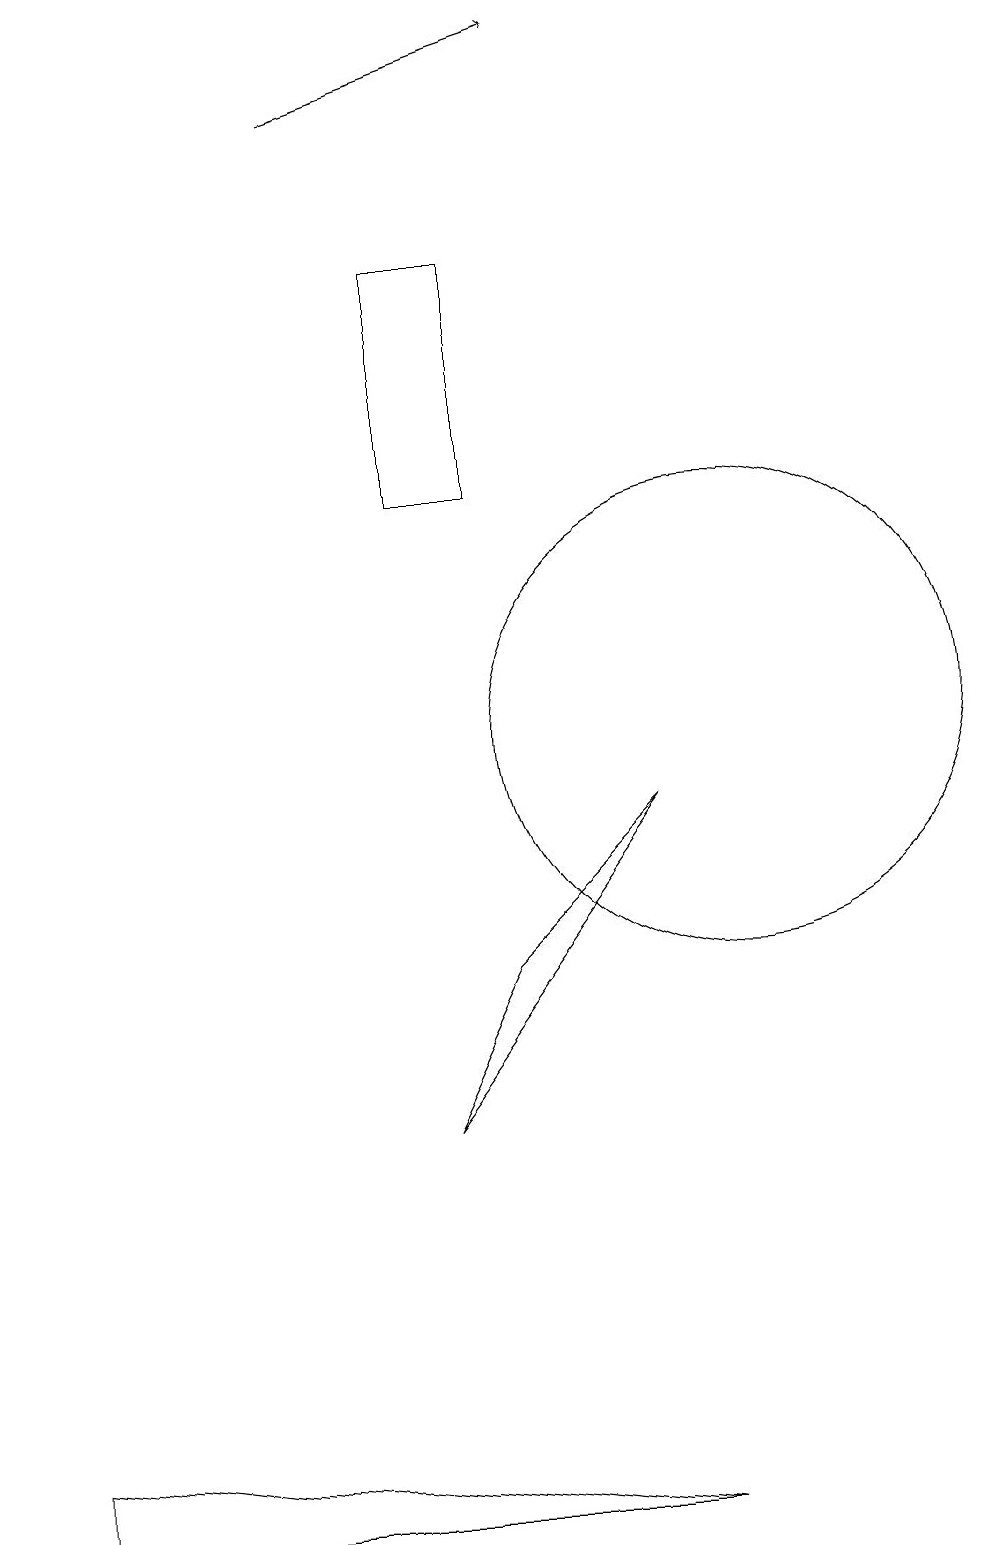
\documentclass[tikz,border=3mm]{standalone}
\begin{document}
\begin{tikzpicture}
\draw (10,10) circle (3);
\draw[->] (5,18) -- (8,19);
\draw (6,5) -- (7,7) -- (9,9) -- cycle;
\draw (6,13) rectangle (7,16);
\draw (1,0) -- (9,0) -- (1,1) -- cycle;
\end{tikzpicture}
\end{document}